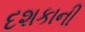
દશકાની